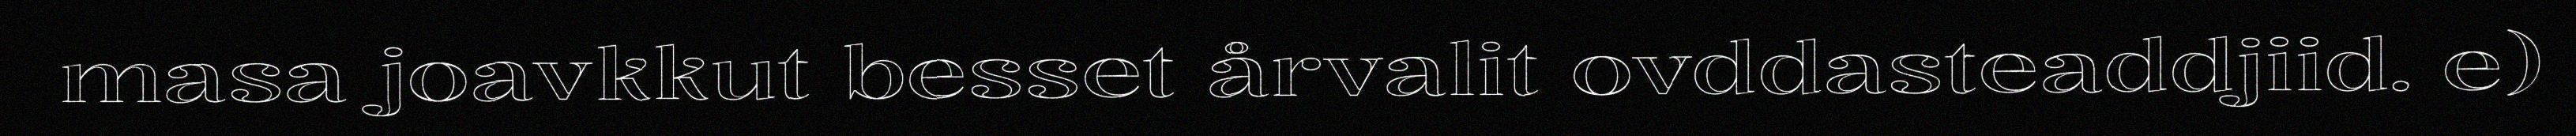
masa joavkkut besset årvalit ovddasteaddjiid. e)